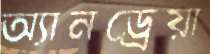
অ্যানড্রেয়া